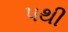
૫થી